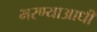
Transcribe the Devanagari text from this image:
भरण्याआधी